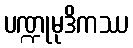
ပဏ္ဍုမုဒိကဿ